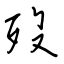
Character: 歿